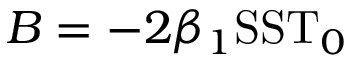
B = - 2 \beta _ { 1 } \mathrm { S S T } _ { 0 }